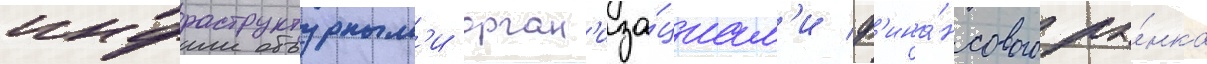
инфраструктурным'и орган'иза́циам'и ф'ина́нсового ры́нка